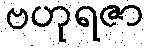
ဗဟုရဇာ